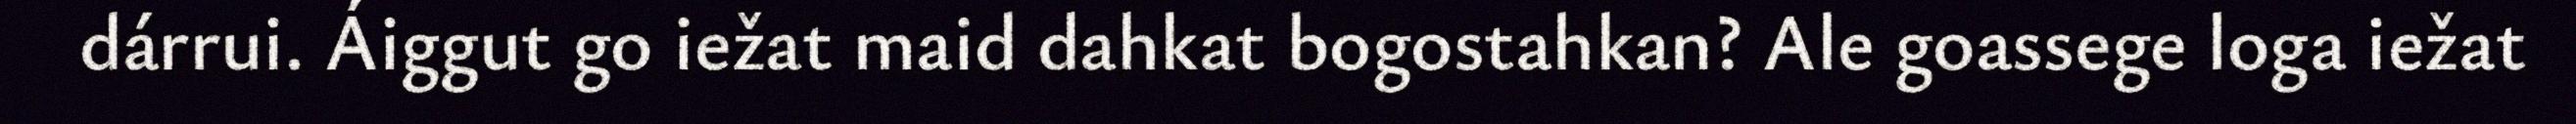
dárrui. Áiggut go iežat maid dahkat bogostahkan? Ale goassege loga iežat